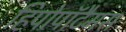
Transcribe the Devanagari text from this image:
हिपोपॉटैमस